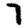
Digit: 7